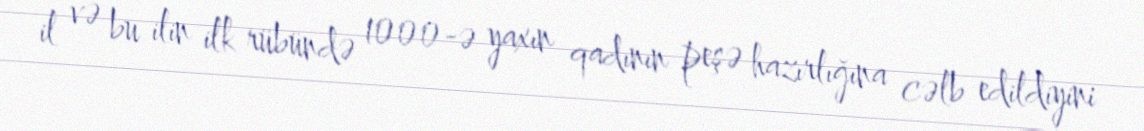
il və bu ilin ilk rübündə 1000-ə yaxın qadının peşə hazırlığına cəlb edildiyini